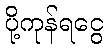
ပို့ကုန်ရငွေ